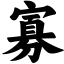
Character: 寡